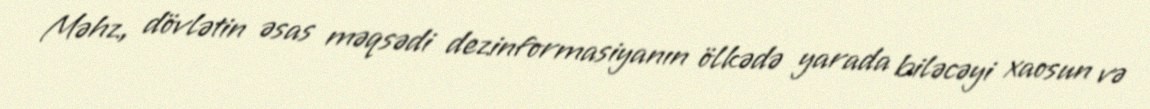
Məhz, dövlətin əsas məqsədi dezinformasiyanın ölkədə yarada biləcəyi xaosun və